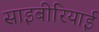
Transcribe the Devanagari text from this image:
साइबीरियाई